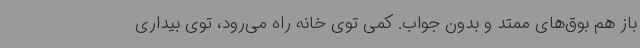
باز هم بوق‌های ممتد و بدون جواب. کمی توی خانه راه می‌رود، توی بیداری